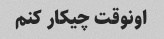
اونوقت چیکار کنم